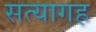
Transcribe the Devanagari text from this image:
सत्यागह